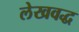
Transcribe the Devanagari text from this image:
लेखवद्ध